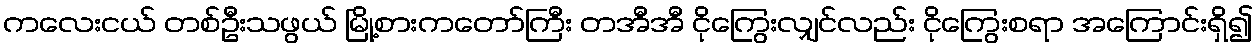
ကလေးငယ် တစ်ဦးသဖွယ် မြို့စားကတော်ကြီး တအီအီ ငိုကြွေးလျှင်လည်း ငိုကြွေးစရာ အကြောင်းရှိ၍